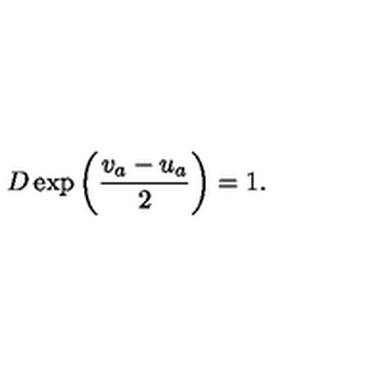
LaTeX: D \exp \left( \frac { v _ { a } - u _ { a } } { 2 } \right) = 1 .